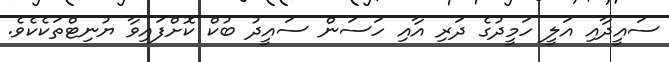
ސައީދާއި އަލީ ހަމީދުގެ ދަރި އާއި ހަސަން ސައީދު ބުކް ކޮށްފައިވާ ޔުނިޓްތަކެކެވެ.